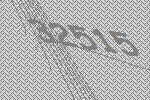
32515